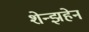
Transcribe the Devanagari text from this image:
शेन्झहेन